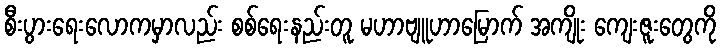
စီးပွားရေးလောကမှာလည်း စစ်ရေးနည်းတူ မဟာဗျူဟာမြောက် အကျိုး ကျေးဇူးတွေကို